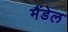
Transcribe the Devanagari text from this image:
मैंडेल